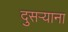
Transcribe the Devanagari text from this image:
दुसर्‍याना